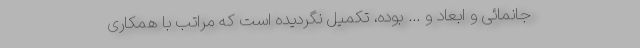
جانمائی و ابعاد و ... بوده، تکمیل نگردیده است که مراتب با همکاری